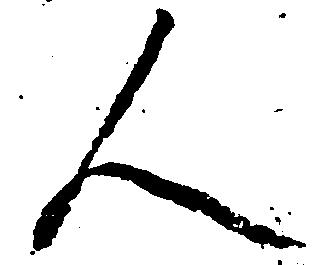
人